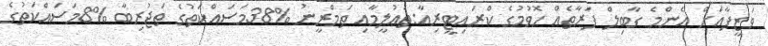
ވަޒީފާއަށް އެންމެ ގާބިލް ފަރާތެއް ހޮވުމުގެ ކްރައިޓީރިއާ:ތަޢުލީމާއި ތަމްރީނު %38މަސައްކަތުގެ ތަޖުރިބާ %8މަސައްކަތުގެ